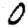
Digit: 0